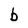
Character: b